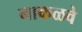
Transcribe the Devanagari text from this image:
नाकळवे